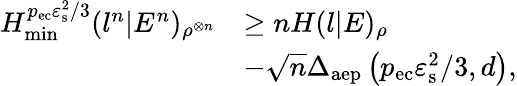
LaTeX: \begin{array}{rl}{H_{\mathrm{min}}^{p_{\mathrm{ec}}\varepsilon_{\mathrm{s}}^{2}/3}(l^{n}|E^{n})_{\rho^{\otimes n}}}&{\geq nH(l|E)_{\rho}}\\ &{-\sqrt{n}\Delta_{\mathrm{aep}}\left(p_{\mathrm{ec}}\varepsilon_{\mathrm{s}}^{2}/3,d\right),}\end{array}